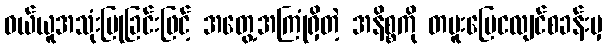
ဝယ်ယူအသုံးပြုခြင်းဖြင့် အတွေ့အကြုံရှိတဲ့ အနိစ္စကို တမူးမြေငလျင်စခန်းမှ